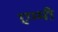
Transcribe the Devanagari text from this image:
एम्‍मी